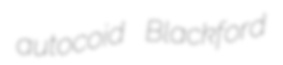
autocoid Blackford